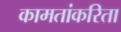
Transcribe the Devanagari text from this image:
कामतांकरिता